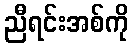
ညီရင်းအစ်ကို